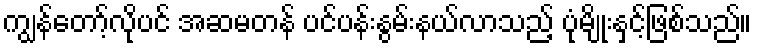
ကျွန်တော့်လိုပင် အဆမတန် ပင်ပန်းနွမ်းနယ်လာသည့် ပုံမျိုးနှင့်ဖြစ်သည်။